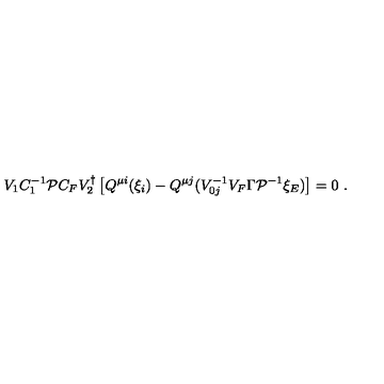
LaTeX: V _ { 1 } C _ { 1 } ^ { - 1 } { \cal P } C _ { F } V _ { 2 } ^ { \dagger } \left[ Q ^ { \mu i } ( \xi _ { i } ) - Q ^ { \mu j } ( V _ { 0 j } ^ { - 1 } V _ { F } \Gamma { \cal P } ^ { - 1 } \xi _ { E } ) \right] = 0 \ .